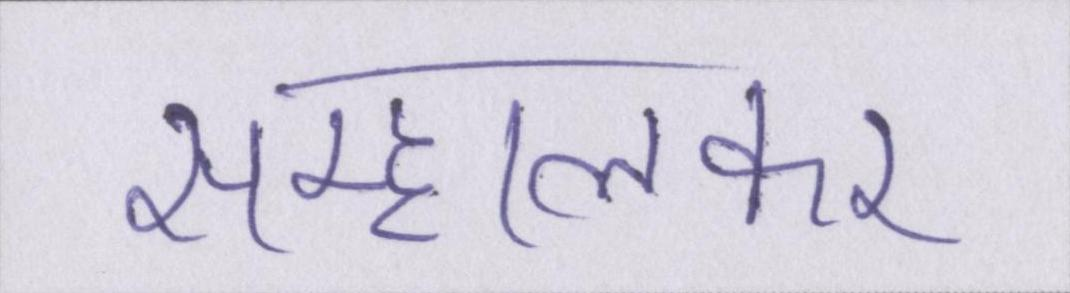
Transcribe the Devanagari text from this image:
सम्हालकर